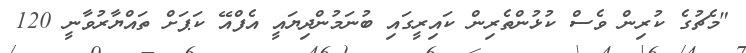
"މެޗުގެ ކުރިން ވެސް ކުޅުންތެރިން ކައިރީގައި ބުނަމުންދިޔައީ އެފްއޭ ކަޕަށް ތައްޔާރުވާނީ 120